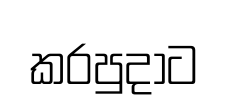
කරපුදාට